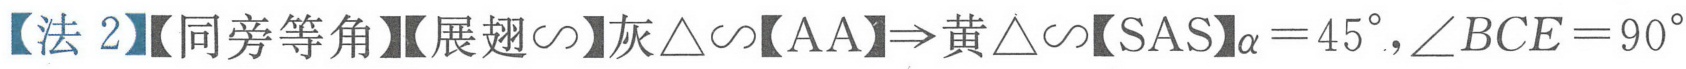
【法 2】【同旁等角】【展翅$\sim$】灰$\triangle\sim$【AA】$\Rightarrow$黄$\triangle\sim$【SAS】$\alpha = 45^{\circ},\angle BCE = 90^{\circ}$